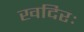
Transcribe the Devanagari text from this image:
खदिरः